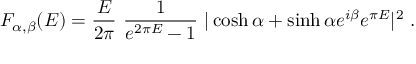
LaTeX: F _ { \alpha , \beta } ( E ) = { \frac { E } { 2 \pi } } ~ { \frac { 1 } { e ^ { 2 \pi E } - 1 } } ~ | \cosh \alpha + \sinh \alpha e ^ { i \beta } e ^ { \pi E } | ^ { 2 } ~ .